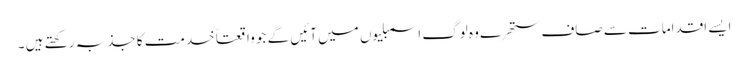
ایسے اقدامات سے صاف ستھرے وہ لوگ اسمبلیوں میں آئیں گے جو واقعتاً خدمت کا جذبہ رکھتے ہیں ۔